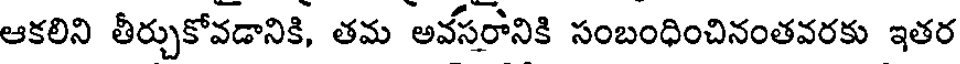
ఆకలిని తీర్చుకోవడానికి, తమ అవసరానికి సంబంధించినంతవరకు ఇతర